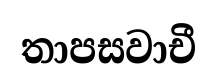
තාපසවාචී